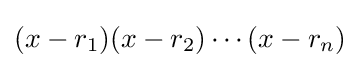
(x-r_{1})(x-r_{2})\cdots (x-r_{n})